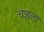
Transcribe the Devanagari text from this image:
चञ्चला